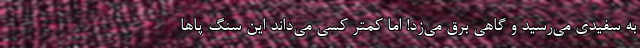
به سفیدی می‌رسید و گاهی برق می‌زد! اما کمتر کسی می‌داند این سنگ پاها